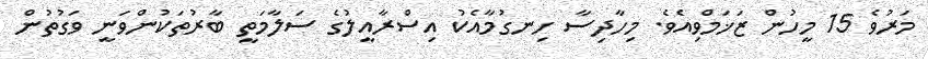
މަރުވެ 15 މީހުން ޒަޚަމްވިއެވެ. މިހާދިސާ ހިނގުމާއެކު އިސްރާއީލުގެ ސަލާމަތީ ބާރުތަކުންވަނީ ވަގުތުން